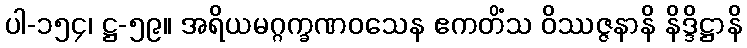
ပါ-၁၅၄၊ ဋ္ဌ-၅၉။ အရိယမဂ္ဂက္ခဏဝသေန ဧကတိံသ ဝိဿဇ္ဇနာနိ နိဒ္ဒိဋ္ဌာနိ